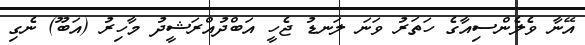
އޭނާ ވެލެންސިއާގެ ހަތަރު ވަނަ ލަނޑު ޖެހީ އަބްދުއްރަޝީދު މާހިރު (އަބޫ) ނެގި